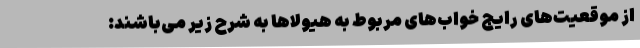
از موقعیت‌های رایج خواب‌های مربوط به هیولاها به شرح زیر می‌باشند: